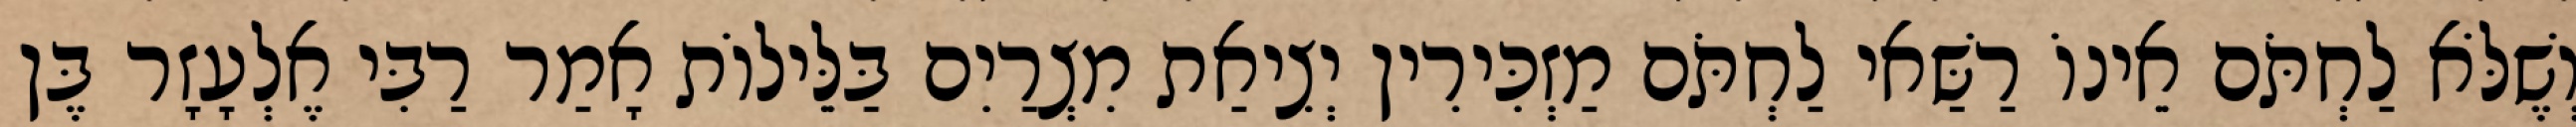
וְשֶׁלֹּא לַחְתֹּם אֵינוֹ רַשַּׁאי לַחְתֹּם מַזְכִּירִין יְצִיאַת מִצְרַיִם בַּלֵּילוֹת אָמַר רַבִּי אֶלְעָזָר בֶּן